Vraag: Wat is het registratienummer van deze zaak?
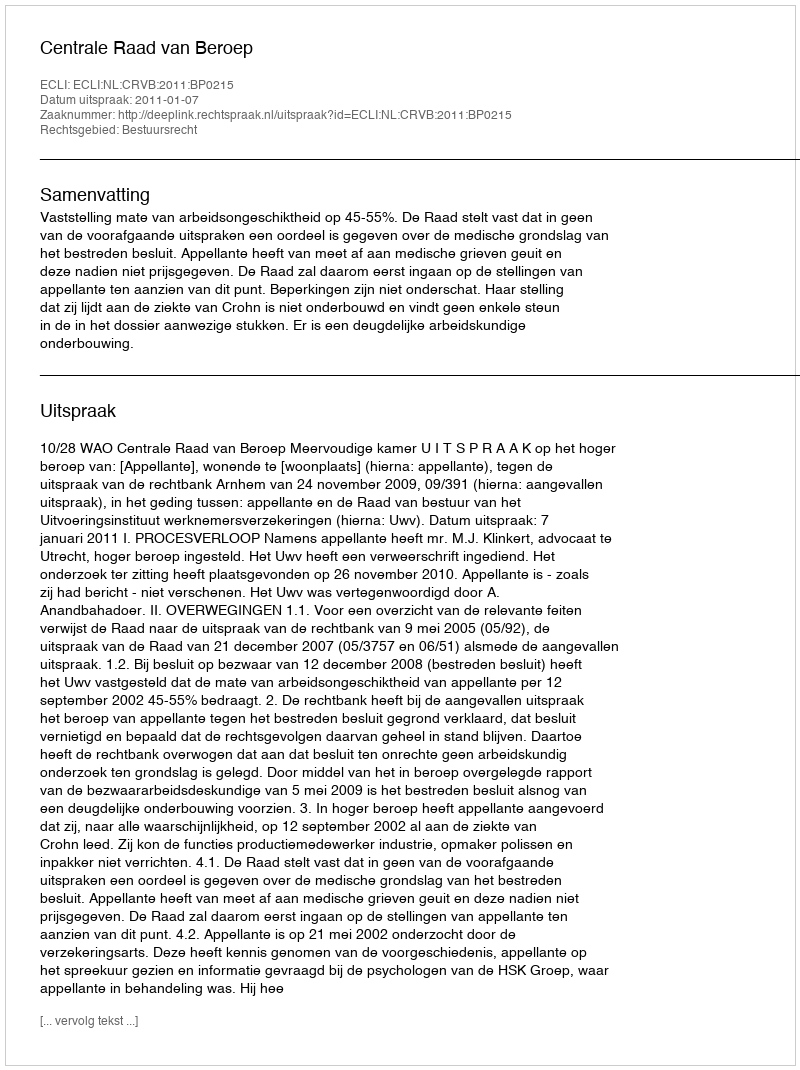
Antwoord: http://deeplink.rechtspraak.nl/uitspraak?id=ECLI:NL:CRVB:2011:BP0215